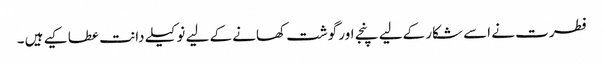
فطرت نے اسے شکار کےلیے پنجے اور گوشت کھانے کے لیے نوکیلے دانت عطا کیے ہیں ۔